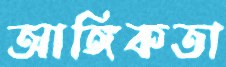
আঙ্গিকতা